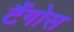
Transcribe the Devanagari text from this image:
टैंगोस